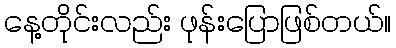
နေ့တိုင်းလည်း ဖုန်းပြောဖြစ်တယ်။